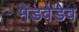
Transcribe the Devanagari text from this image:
मेडवेडेव